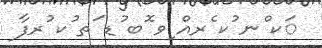
ަކ ްނ ުކ ެރއް ިވ ޮބ ުޑ ަތ ުކ ުރފާ